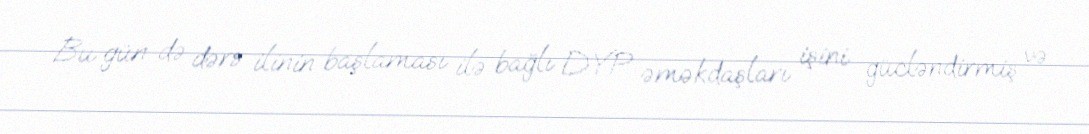
Bu gün də dərs ilinin başlaması ilə bağlı DYP əməkdaşları işini gücləndirmiş və